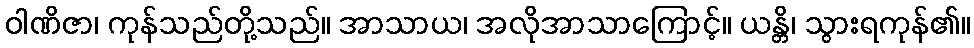
ဝါဏိဇာ၊ ကုန်သည်တို့သည်။ အာသာယ၊ အလိုအာသာကြောင့်။ ယန္တိ၊ သွားရကုန်၏။